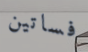
فساتين